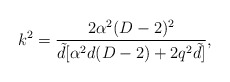
\begin{align*}k^{2}=\frac{2\alpha^{2} (D-2)^{2}}{\tilde{d}[\alpha ^{2}d(D-2)+2q^{2}\tilde{d}]}, \end{align*}